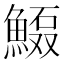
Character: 𲌻